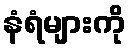
နံရံများကို